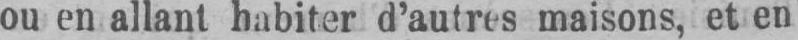
ou en allant habiter d’autres maisons, et en